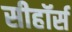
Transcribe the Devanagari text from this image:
सीहॉर्स